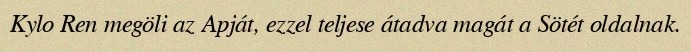
Kylo Ren megöli az Apját, ezzel teljese átadva magát a Sötét oldalnak.